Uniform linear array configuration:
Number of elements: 64
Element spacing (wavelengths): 0.25
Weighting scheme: blackman
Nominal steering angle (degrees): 60
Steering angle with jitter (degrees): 60.857
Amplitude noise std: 0.05
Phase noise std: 0.05

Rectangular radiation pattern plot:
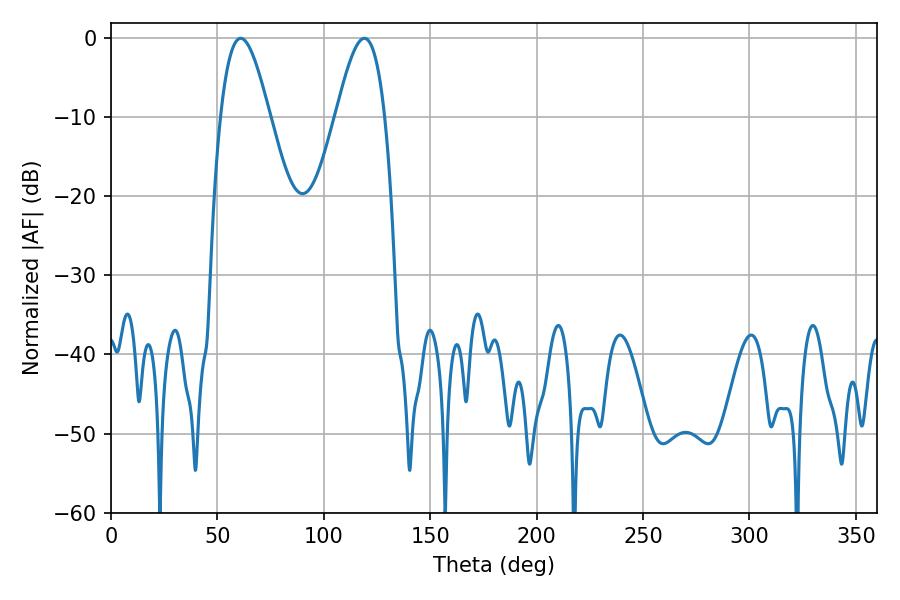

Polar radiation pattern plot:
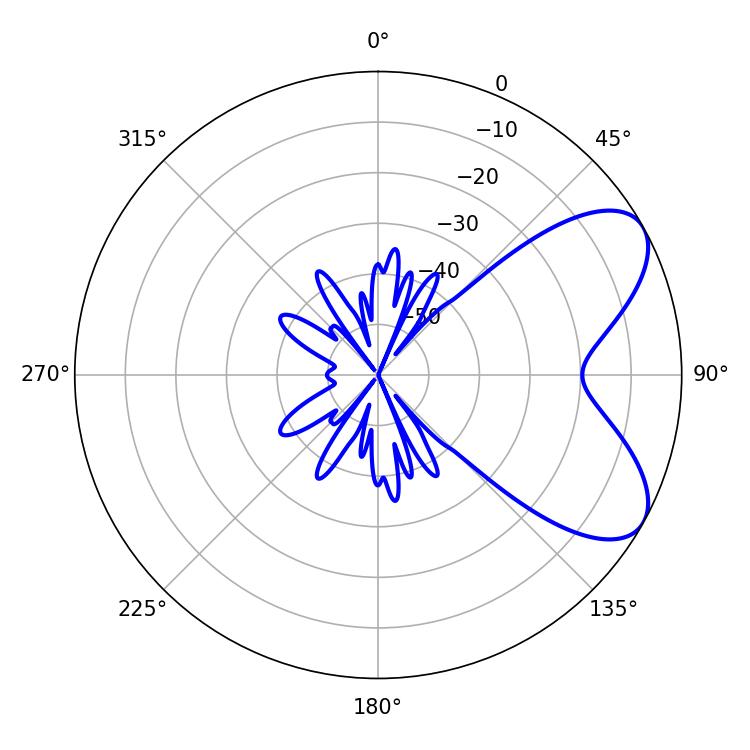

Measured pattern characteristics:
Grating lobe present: FALSE
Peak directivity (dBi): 6.744
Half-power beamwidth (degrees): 12.42
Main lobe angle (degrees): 61.02